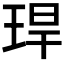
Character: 𤥚